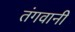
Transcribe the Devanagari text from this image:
तंगवानी